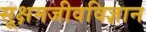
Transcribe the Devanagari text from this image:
सूक्षमजीवविज्ञान